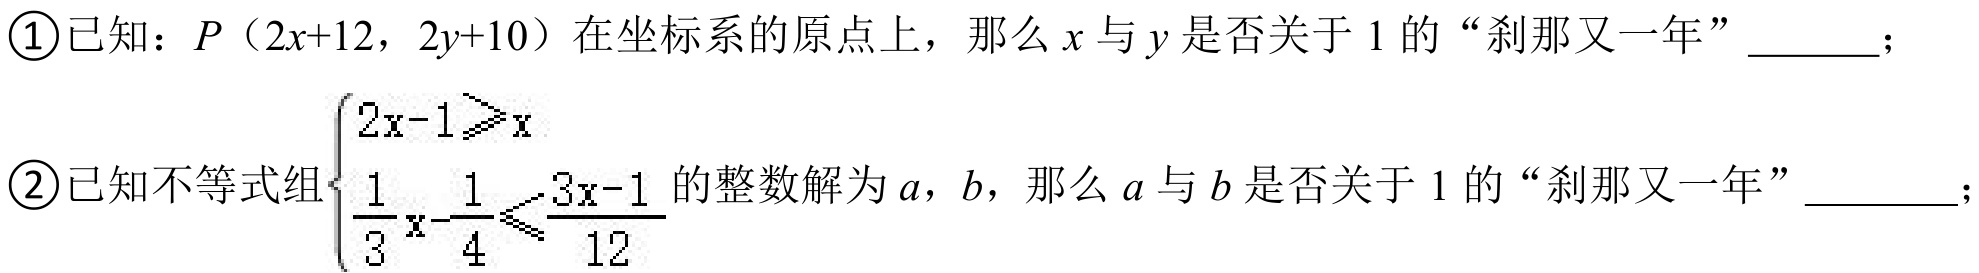
\textcircled{1}已知：\(P(2x + 12,2y + 10)\)在坐标系的原点上，那么\(x\)与\(y\)是否关于\(1\)的“刹那又一年”  ；
\textcircled{2}已知不等式组\(\begin{cases}2x - 1\geqslant x\\\dfrac{1}{3}x-\dfrac{1}{4}\leqslant\dfrac{3x - 1}{12}\end{cases}\)的整数解为\(a\)，\(b\)，那么\(a\)与\(b\)是否关于\(1\)的“刹那又一年”  ；